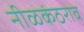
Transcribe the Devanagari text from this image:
नीळकंठराव